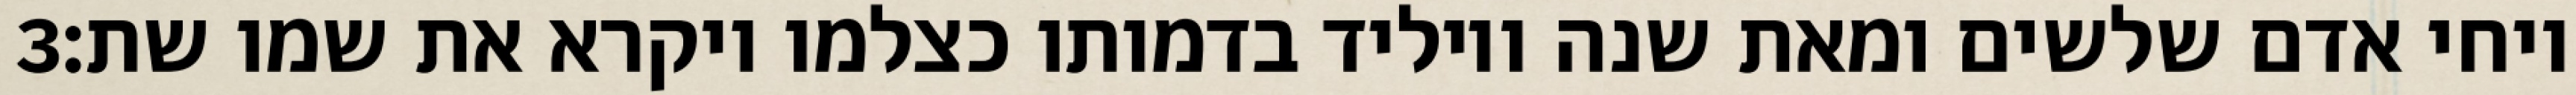
‎3‏ ויחי אדם שלשים ומאת שנה ויוליד בדמותו כצלמו ויקרא את שמו שת׃